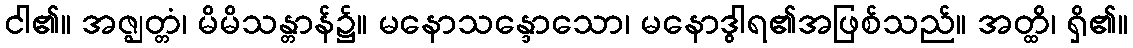
ငါ၏။ အဇ္ဈတ္တံ၊ မိမိသန္တာန်၌။ မနောသန္ဒောသော၊ မနောဒွါရ၏အဖြစ်သည်။ အတ္ထိ၊ ရှိ၏။